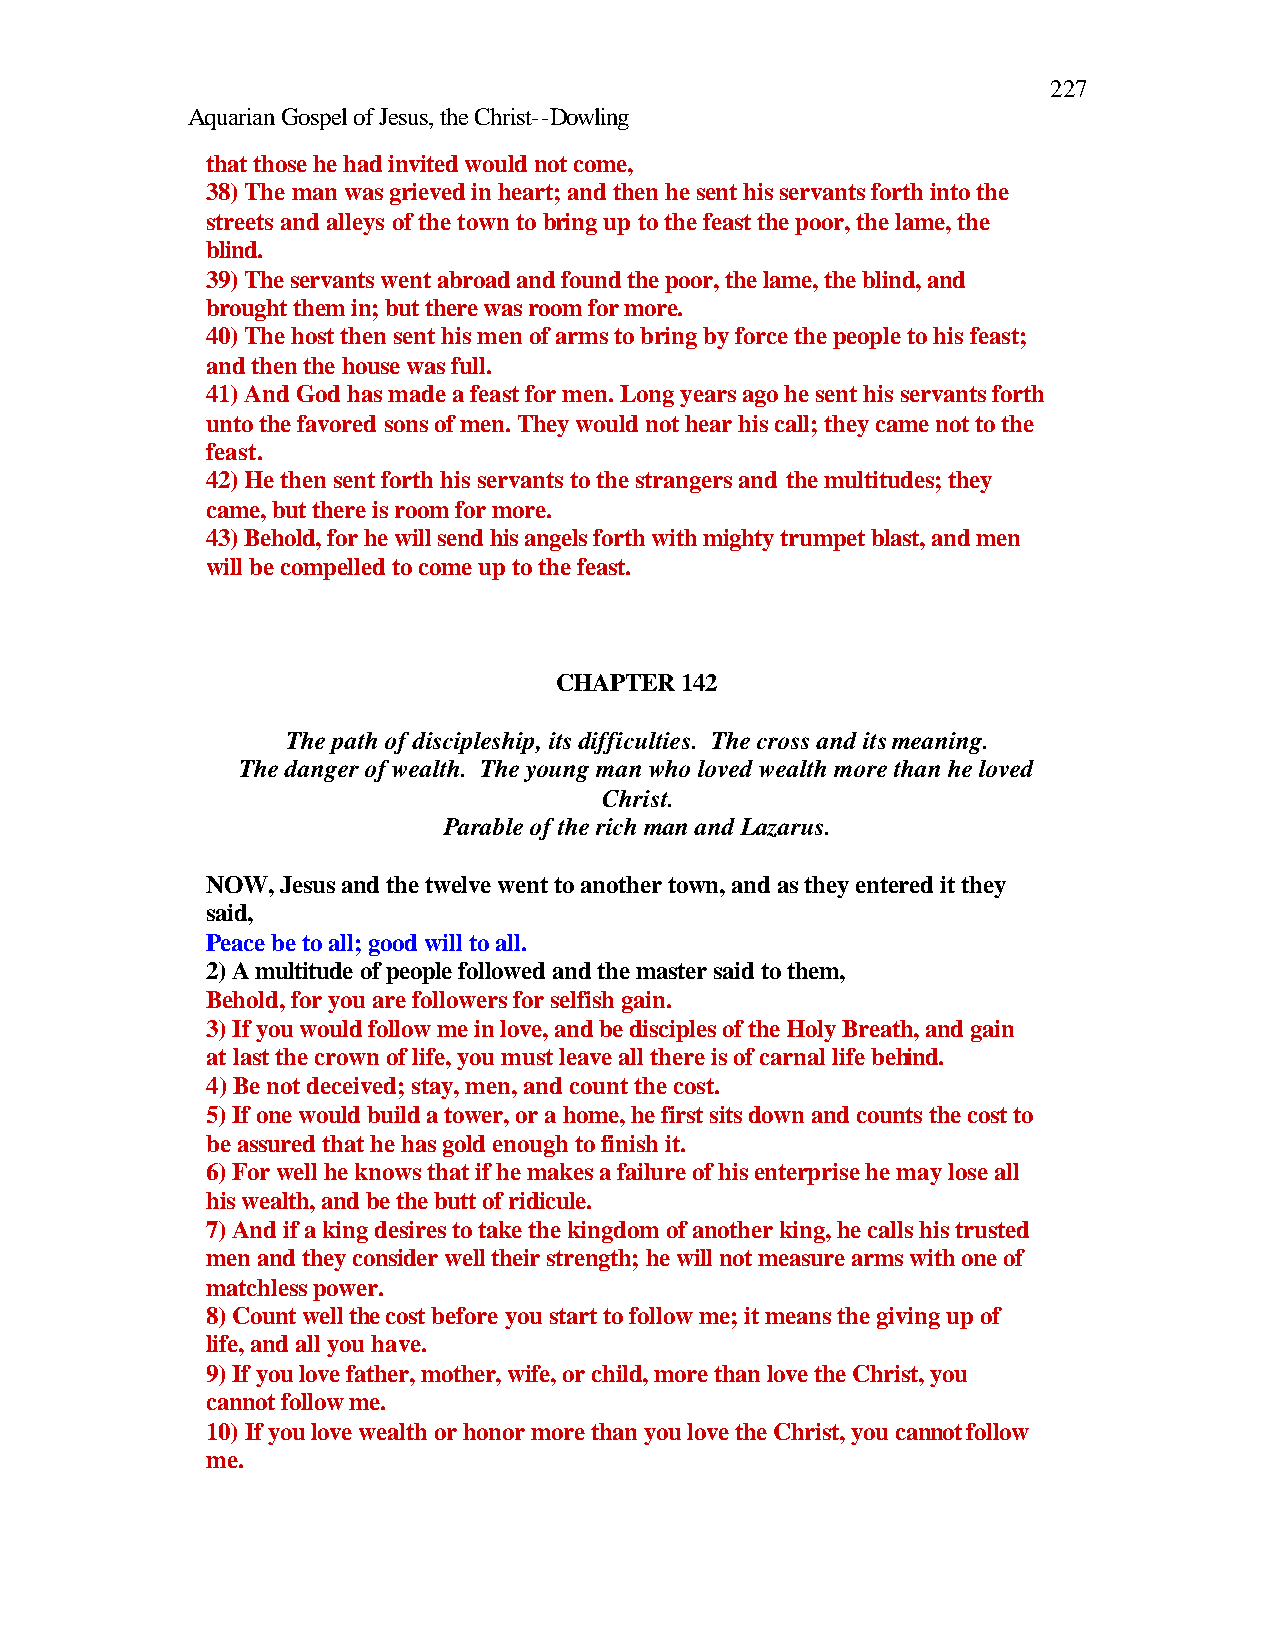
227
 Aquarian Gospel of Jesus, the Christ--Dowling
 that those he had invited would not come,
 38) The man was grieved in heart; and then he sent his servants forth into the
 streets and alleys of the town to bring up to the feast the poor, the lame, the
 blind.
 39) The servants went abroad and found the poor, the lame, the blind, and
 brought them in; but there was room for more.
 40) The host then sent his men of arms to bring by force the people to his feast;
 and then the house was full.
 41) And God has made a feast for men. Long years ago he sent his servants forth
 unto the favored sons of men. They would not hear his call; they came not to the
 feast.
 42) He then sent forth his servants to the strangers and the multitudes; they
 came, but there is room for more.
 43) Behold, for he will send his angels forth with mighty trumpet blast, and men
 will be compelled to come up to the feast.
 CHAPTER 142
 The path of discipleship, its difficulties. The cross and its meaning.
 The danger of wealth. The young man who loved wealth more than he loved
 Christ.
 Parable of the rich man and Lazarus.
 NOW, Jesus and the twelve went to another town, and as they entered it they
 said,
 Peace be to all; good will to all.
 2) A multitude of people followed and the master said to them,
 Behold, for you are followers for selfish gain.
 3) If you would follow me in love, and be disciples of the Holy Breath, and gain
 at last the crown of life, you must leave all there is of carnal life behind.
 4) Be not deceived; stay, men, and count the cost.
 5) If one would build a tower, or a home, he first sits down and counts the cost to
 be assured that he has gold enough to finish it.
 6) For well he knows that if he makes a failure of his enterprise he may lose all
 his wealth, and be the butt of ridicule.
 7) And if a king desires to take the kingdom of another king, he calls his trusted
 men and they consider well their strength; he will not measure arms with one of
 matchless power.
 8) Count well the cost before you start to follow me; it means the giving up of
 life, and all you have.
 9) If you love father, mother, wife, or child, more than love the Christ, you
 cannot follow me.
 10) If you love wealth or honor more than you love the Christ, you cannot follow
 me.